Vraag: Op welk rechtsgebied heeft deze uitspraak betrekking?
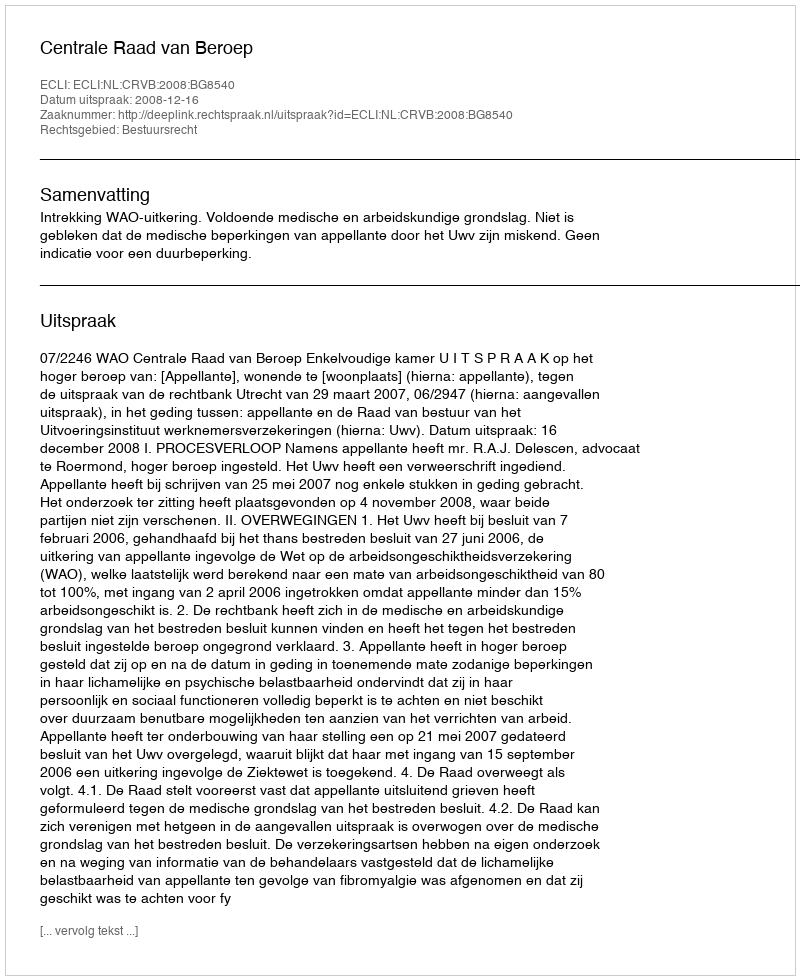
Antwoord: Bestuursrecht